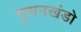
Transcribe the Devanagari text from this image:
गुणनखंडो